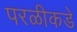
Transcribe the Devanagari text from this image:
परळीकडे